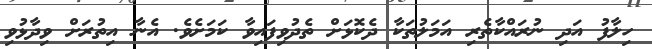
ހިލާފު އަދި ނުރައްކާތެރި އަމަލުތަކާ ދެކޮޅަށް ތެދުވިފައިވާ ކަމަށެވެ. އެނާ އިތުރަށް ވިދާޅުވި